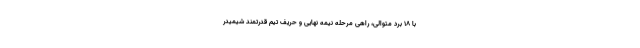
با ۱۸ برد متوالی، راهی مرحله نیمه نهایی و حریف تیم قدرتمند شیمیدر